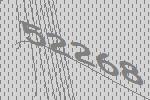
52268